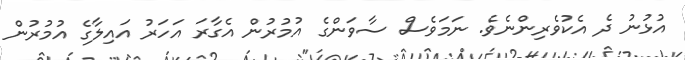
އުޅުނު ދެ އެކުވެރިންނެވެ. ނަމަވެސް ސާވަންގެ އުމުރުން އެގާރަ އަހަރު އައިލާގެ އުމުރުން